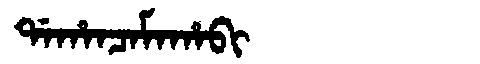
Manchu: ᡩᠠᡥᠠᠨᠴᠠᠮᠠᡥᠠᠪᡳ
Romanization: DAHANCAMAHABI